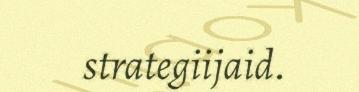
strategiijaid.